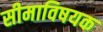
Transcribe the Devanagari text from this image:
सीमाविषयक